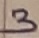
Text: 3